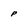
Character: p